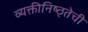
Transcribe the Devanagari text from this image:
व्यक्तीनिष्ठ्तेची